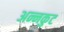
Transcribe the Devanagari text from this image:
अन्नकुट